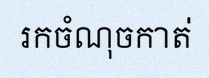
រកចំណុចកាត់